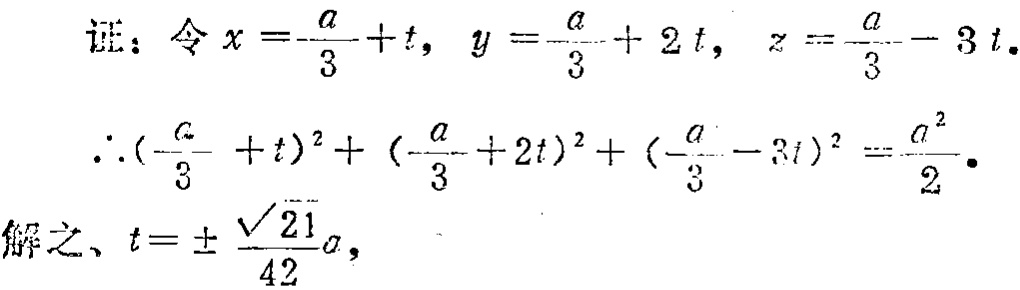
\(

\begin{align*}

\text{证：令 }x&=-\frac{a}{3}+t, \ y = -\frac{a}{3}+2t, \ z=-\frac{a}{3}-3t.\\

\therefore (-\frac{a}{3}+t)^2+(-\frac{a}{3}+2t)^2+(-\frac{a}{3}-3t)^2&=\frac{a^2}{2}.\\

\text{解之, }t&=\pm\frac{\sqrt{21}}{42}a,

\end{align*}

\)